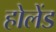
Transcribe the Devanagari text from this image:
होलेंड